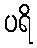
ပရိ